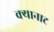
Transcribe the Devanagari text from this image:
क्यानाट